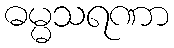
ဓမ္မသရဏာ